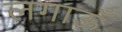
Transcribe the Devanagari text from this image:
लगाऊँ